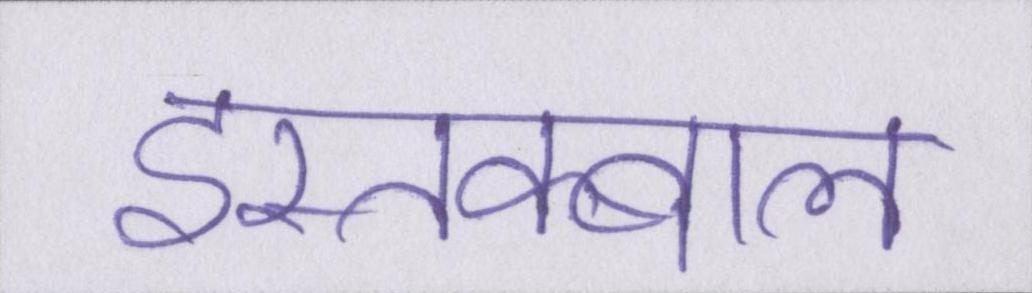
इस्तक्बाल